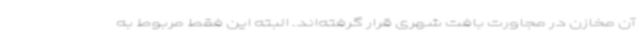
آن مخازن در مجاورت بافت شهری قرار گرفته‌اند. البته این فقط مربوط به